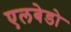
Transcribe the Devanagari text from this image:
एलबेडो